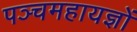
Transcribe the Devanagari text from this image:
पञ्चमहायज्ञों